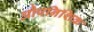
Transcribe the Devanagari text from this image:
औपनिशिक